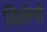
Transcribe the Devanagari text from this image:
डिलेनो